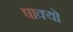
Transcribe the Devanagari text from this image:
षाक्यो